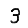
Digit: 3